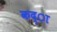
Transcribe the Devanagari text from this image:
कद्ा